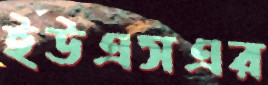
ইউএসএর